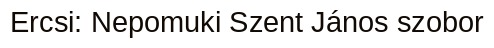
Ercsi: Nepomuki Szent János szobor